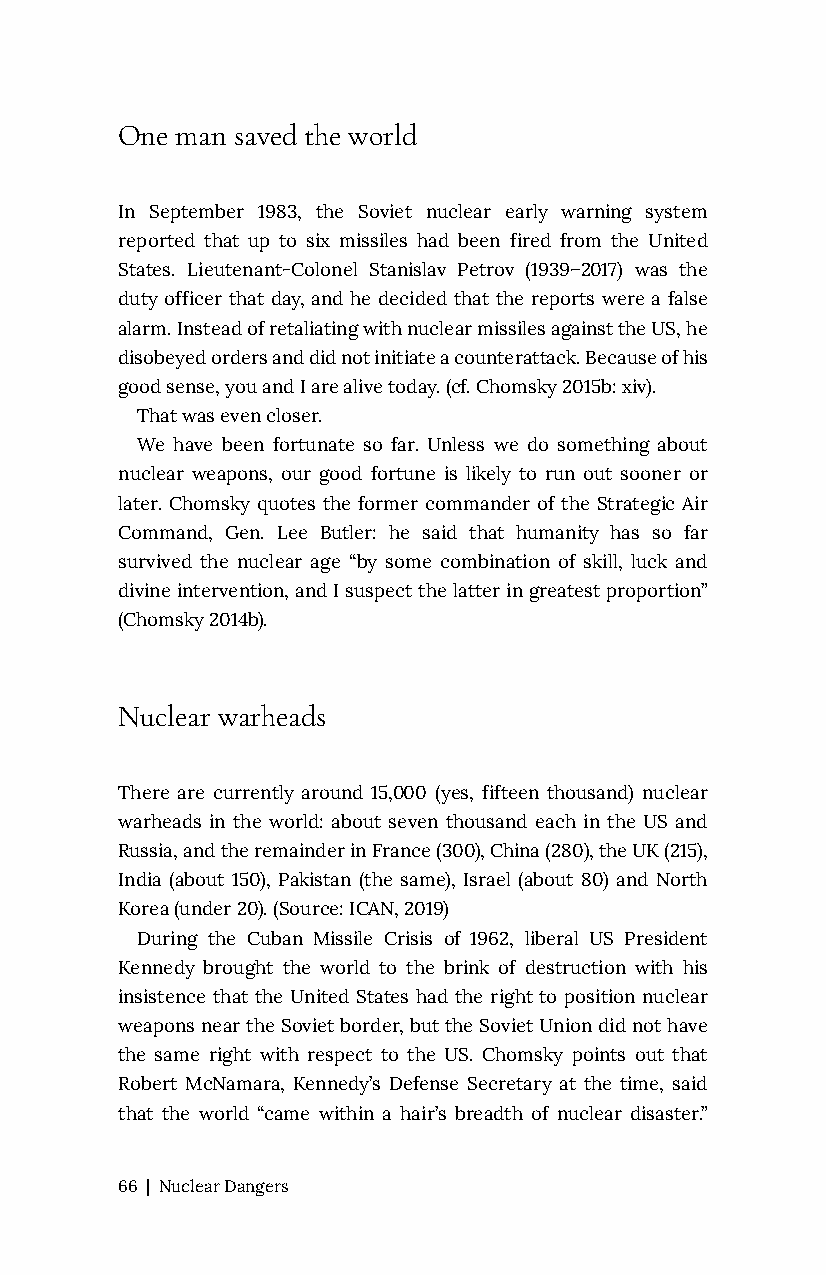
One man saved the world
 In September 1983, the Soviet nuclear early warning system
 reported that up to six missiles had been fired from the United
 States. Lieutenant-Colonel Stanislav Petrov (1939–2017) was the
 duty officer that day, and he decided that the reports were a false
 alarm. Instead of retaliating with nuclear missiles against the US, he
 disobeyed orders and did not initiate a counterattack. Because of his
 good sense, you and I are alive today. (cf. Chomsky 2015b: xiv).
 That was even closer.
 We have been fortunate so far. Unless we do something about
 nuclear weapons, our good fortune is likely to run out sooner or
 later. Chomsky quotes the former commander of the Strategic Air
 Command, Gen. Lee Butler: he said that humanity has so far
 survived the nuclear age “by some combination of skill, luck and
 divine intervention, and I suspect the latter in greatest proportion”
 (Chomsky 2014b).
 Nuclear warheads
 There are currently around 15,000 (yes, fifteen thousand) nuclear
 warheads in the world: about seven thousand each in the US and
 Russia, and the remainder in France (300), China (280), the UK (215),
 India (about 150), Pakistan (the same), Israel (about 80) and North
 Korea (under 20). (Source: ICAN, 2019)
 During the Cuban Missile Crisis of 1962, liberal US President
 Kennedy brought the world to the brink of destruction with his
 insistence that the United States had the right to position nuclear
 weapons near the Soviet border, but the Soviet Union did not have
 the same right with respect to the US. Chomsky points out that
 Robert McNamara, Kennedy’s Defense Secretary at the time, said
 that the world “came within a hair’s breadth of nuclear disaster.”
 66 | Nuclear Dangers